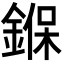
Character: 𨩚